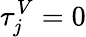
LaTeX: \tau_{j}^{V}=0